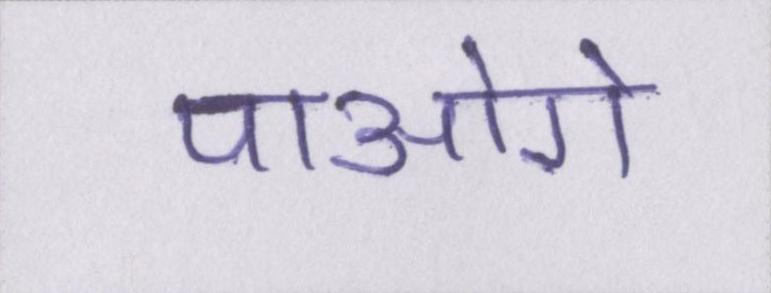
पाओगे